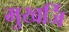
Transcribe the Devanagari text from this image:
मुखर्जि